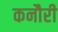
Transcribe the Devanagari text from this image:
कनौरी